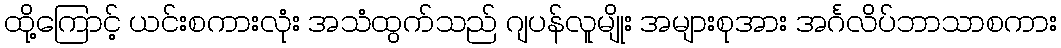
ထို့ကြောင့် ယင်းစကားလုံး အသံထွက်သည် ဂျပန်လူမျိုး အများစုအား အင်္ဂလိပ်ဘာသာစကား